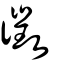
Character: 徵